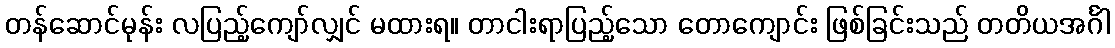
တန်ဆောင်မုန်း လပြည့်ကျော်လျှင် မထားရ။ တာငါးရာပြည့်သော တောကျောင်း ဖြစ်ခြင်းသည် တတိယအင်္ဂါ